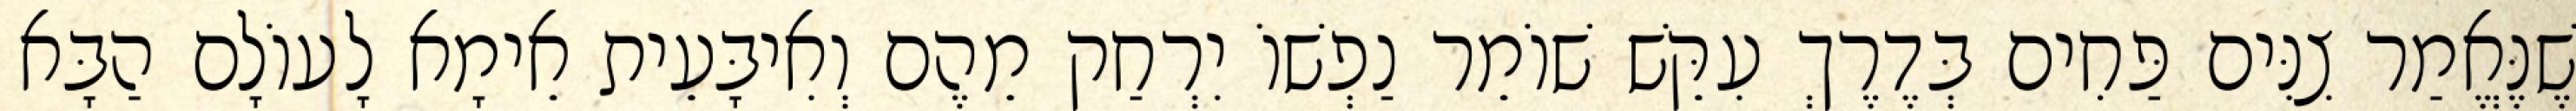
שֶׁנֶּאֱמַר צִנִּים פַּחִים בְּדֶרֶךְ עִקֵּשׁ שׁוֹמֵר נַפְשׁוֹ יִרְחַק מֵהֶם וְאִיבָּעֵית אֵימָא לָעוֹלָם הַבָּא